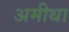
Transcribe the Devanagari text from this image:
अमीथा